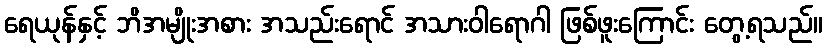
ရေယုန်နှင့် ဘိအမျိုးအစား အသည်းရောင် အသားဝါရောဂါ ဖြစ်ဖူးကြောင်း တွေ့ရသည်။